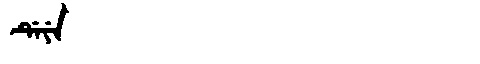
Manchu: ᡩᡝᠶᡝ
Romanization: DEYE